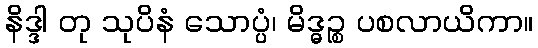
နိဒ္ဒါ တု သုပိနံ သောပ္ပံ၊ မိဒ္ဓဉ္စ ပစလာယိကာ။